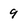
Character: 9